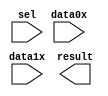
module lpm_mux0356 (
	data0x,
	data1x,
	sel,
	result);

	input	[23:0]  data0x;
	input	[23:0]  data1x;
	input	  sel;
	output	[23:0]  result;

endmodule